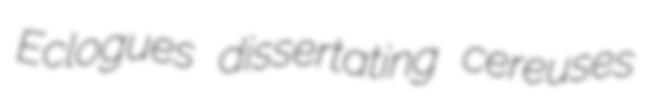
Eclogues dissertating cereuses